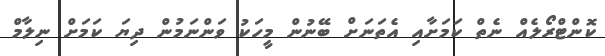
ކޮންޓްރޯލެއް ނެތް ކަމަށާއި އެތަނަށް ބޭނުން މީހަކު ވަންނަމުން ދިޔަ ކަމަށް ނިލާމް